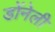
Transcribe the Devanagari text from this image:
डोंनेली